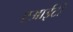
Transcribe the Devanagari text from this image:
एआईटी